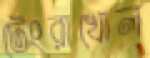
টেংরাখোল